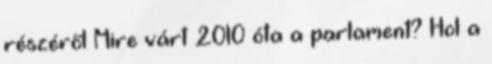
részéről Mire várt 2010 óta a parlament? Hol a